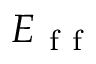
E _ { \mathrm { ~ f ~ f ~ } }